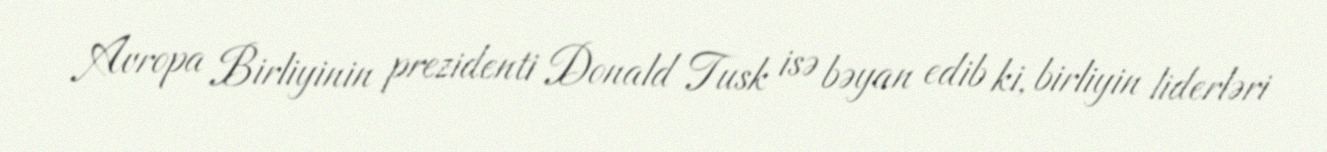
Avropa Birliyinin prezidenti Donald Tusk isə bəyan edib ki, birliyin liderləri